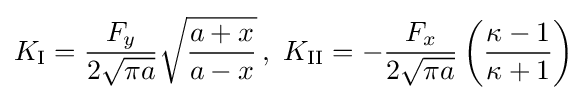
K_{\rm {I}}={\frac {F_{y}}{2{\sqrt {\pi a}}}}{\sqrt {\frac {a+x}{a-x}}}\,,\,\,K_{\rm {II}}=-{\frac {F_{x}}{2{\sqrt {\pi a}}}}\left({\frac {\kappa -1}{\kappa +1}}\right)